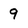
Character: 9